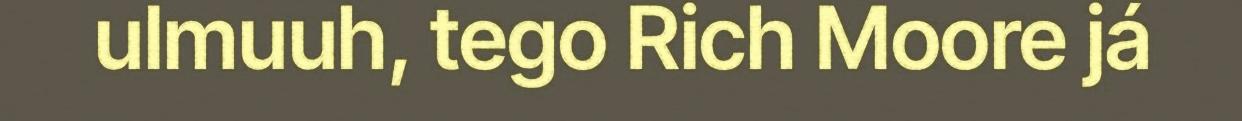
ulmuuh, tego Rich Moore já